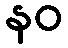
နဝ